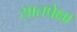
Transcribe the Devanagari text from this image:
सातपेक्षा